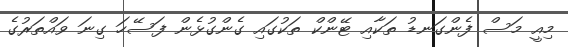
މިއީ މަސް ފެންގަނޑު ތަކާއި ޓޭންކް ތަކުގައި ގެންގުޅެން ފަސޭހަ ގިނަ ވަައްތަރުގެ